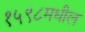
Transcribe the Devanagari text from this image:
१५९८मधील